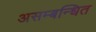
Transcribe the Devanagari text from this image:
असम्बन्धित